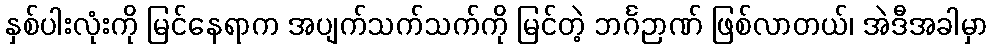
နှစ်ပါးလုံးကို မြင်နေရာက အပျက်သက်သက်ကို မြင်တဲ့ ဘင်္ဂဉာဏ် ဖြစ်လာတယ်၊ အဲဒီအခါမှာ